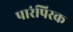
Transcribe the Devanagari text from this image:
पारंपिरक